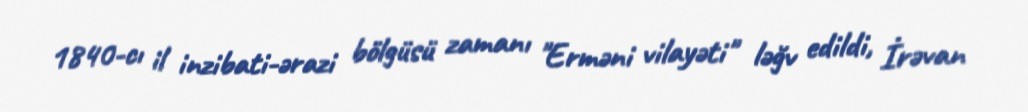
1840-cı il inzibati-ərazi bölgüsü zamanı "Erməni vilayəti" ləğv edildi, İrəvan